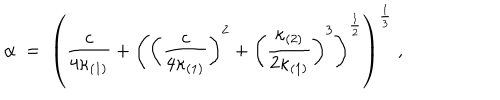
LaTeX: \alpha \ = \ \left( \frac { c } { 4 \kappa _ { ( 1 ) } } + \left( \left( \frac { c } { 4 \kappa _ { ( 1 ) } } \right) ^ { 2 } + \left( \frac { \kappa _ { ( 2 ) } } { 2 \kappa _ { ( 1 ) } } \right) ^ { 3 } \right) ^ { \frac { 1 } { 2 } } \right) ^ { \frac { 1 } { 3 } } \ ,